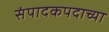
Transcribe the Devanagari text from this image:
संपादकपदाच्या